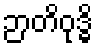
ဉာတိဝုဒ္ဓိ